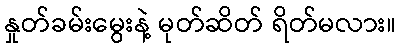
နှုတ်ခမ်းမွေးနဲ့ မုတ်ဆိတ် ရိတ်မလား။